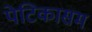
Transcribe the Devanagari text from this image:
पेटिकासम